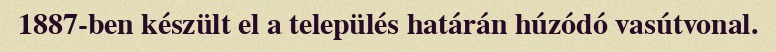
1887-ben készült el a település határán húzódó vasútvonal.